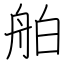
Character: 舶